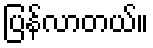
ပြန်လာတယ်။